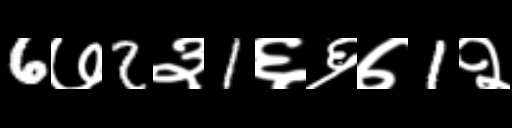
Text: 6७2३1६६७1२